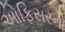
ઓફિસરનો